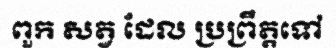
ពួក សត្វ ដែល ប្រព្រឹត្តទៅ